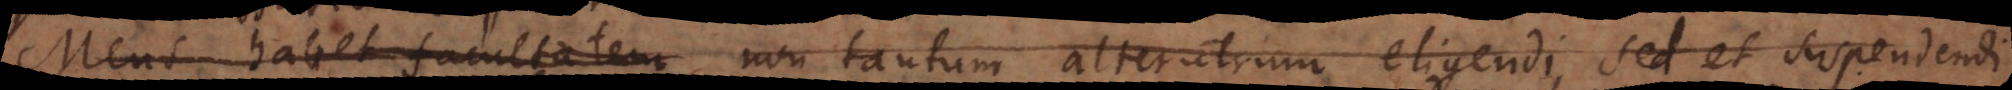
Mens habet facultatem non tantum alterutrum eligendi, sed et suspendendi